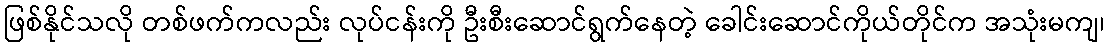
ဖြစ်နိုင်သလို တစ်ဖက်ကလည်း လုပ်ငန်းကို ဦးစီးဆောင်ရွက်နေတဲ့ ခေါင်းဆောင်ကိုယ်တိုင်က အသုံးမကျ၊